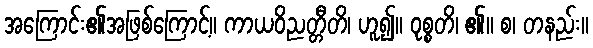
အကြောင်း၏အဖြစ်ကြောင့်။ ကာယဝိညတ္တီတိ၊ ဟူ၍။ ဝုစ္စတိ၊ ၏။ စ၊ တနည်း။